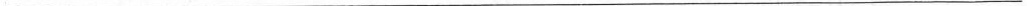
___